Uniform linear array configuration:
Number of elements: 4
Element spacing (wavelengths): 0.25
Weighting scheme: uniform
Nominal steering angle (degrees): -15
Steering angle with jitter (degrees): -14.811
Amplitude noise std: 0.05
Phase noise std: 0.05

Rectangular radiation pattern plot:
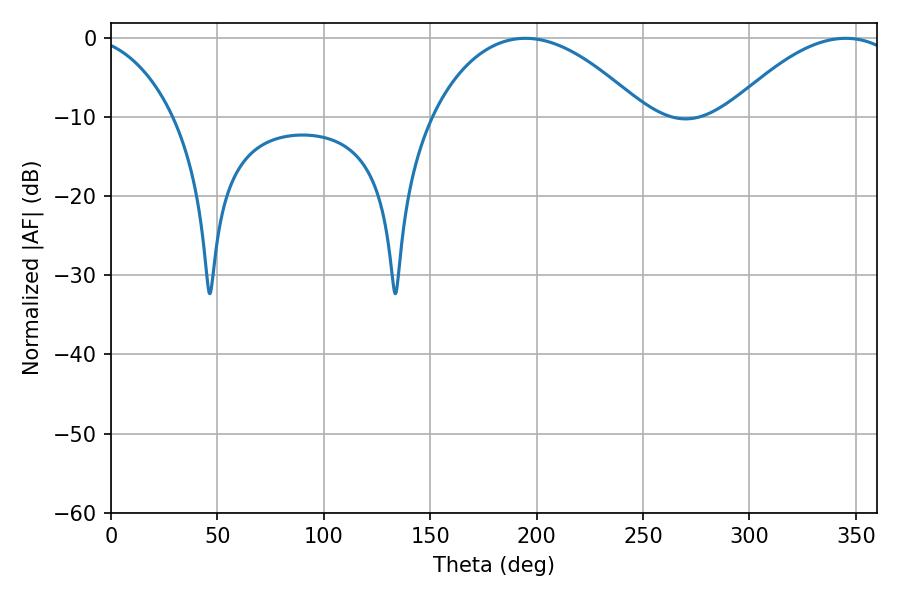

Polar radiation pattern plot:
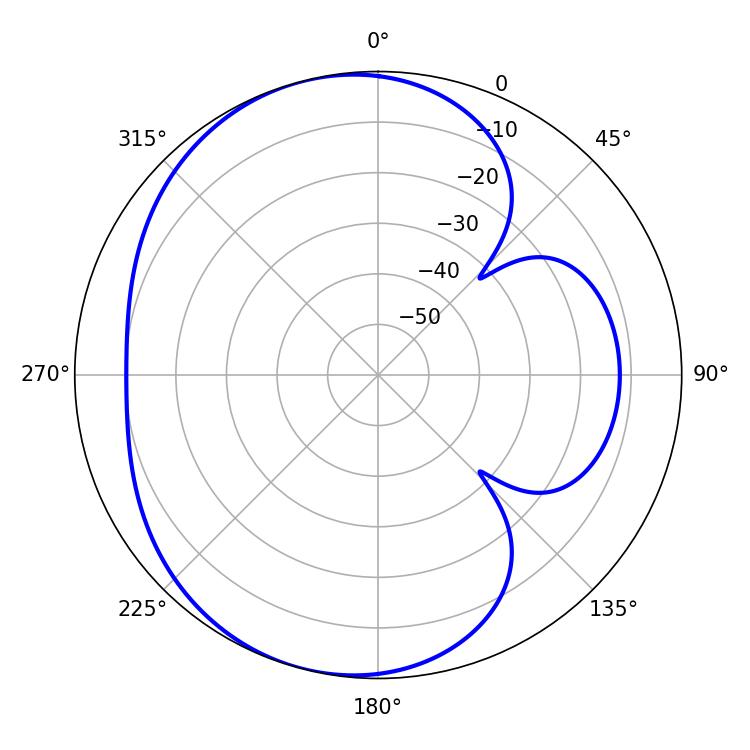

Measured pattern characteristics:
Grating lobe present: FALSE
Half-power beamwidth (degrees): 55.8
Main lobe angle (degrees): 194.76